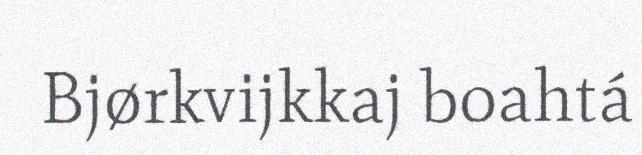
Bjørkvijkkaj boahtá